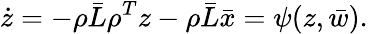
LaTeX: \dot{z}=-\rho\bar{L}\rho^{T}z-\rho\bar{L}\bar{x}=\psi(z,\bar{w}).